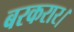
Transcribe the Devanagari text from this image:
बरकरार।